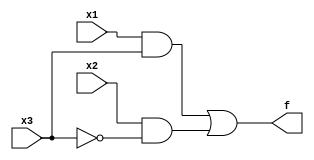
module top_module( 
    input x3,
    input x2,
    input x1,  // three inputs
    output f   // one output
    );
wire w1, w2;
assign w1 = x1 & x3;
assign w2 = x2 & ~x3;
assign f = w1 | w2;

endmodule